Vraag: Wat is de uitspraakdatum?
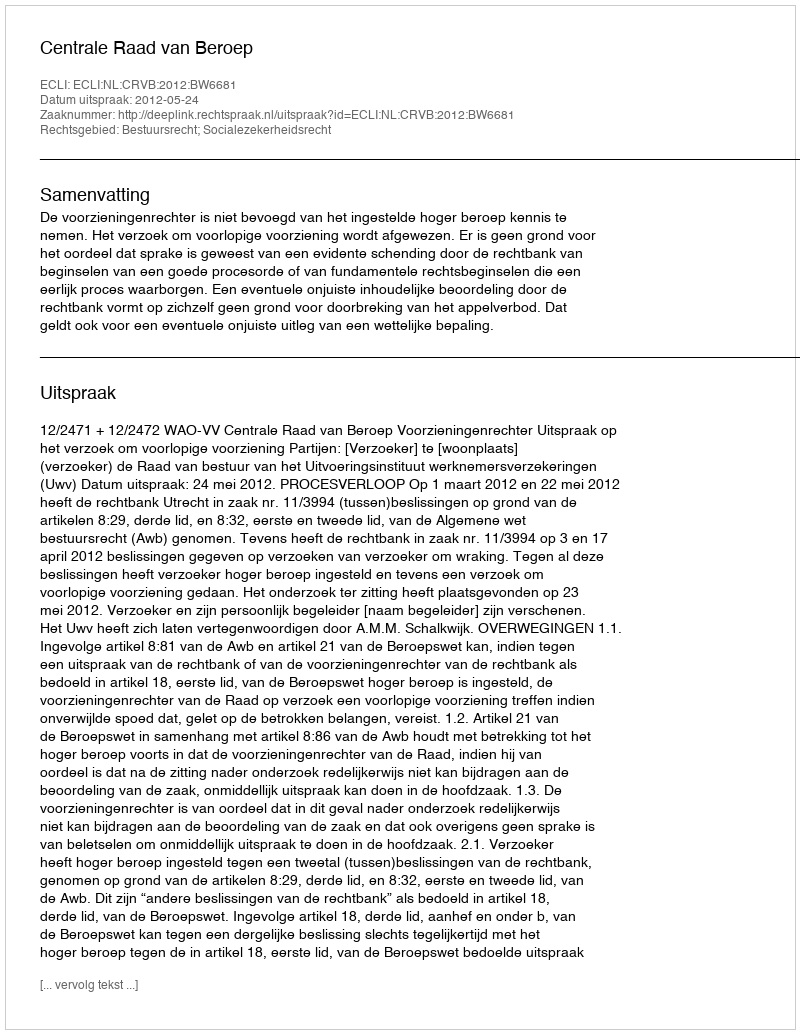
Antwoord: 2012-05-24